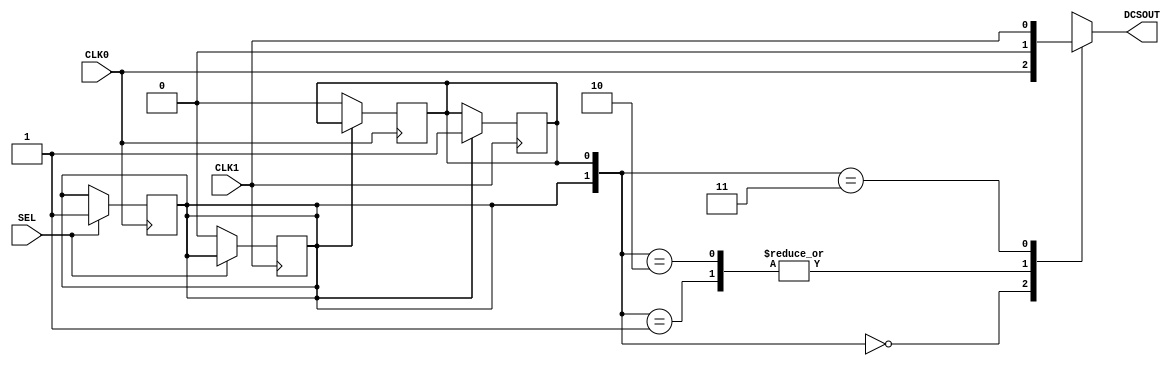
// --------------------------------------------------------------------
// >>>>>>>>>>>>>>>>>>>>>>>>> COPYRIGHT NOTICE <<<<<<<<<<<<<<<<<<<<<<<<<
// --------------------------------------------------------------------
// Copyright (c) 2005 by Lattice Semiconductor Corporation
// --------------------------------------------------------------------
//
//
//                     Lattice Semiconductor Corporation
//                     5555 NE Moore Court
//                     Hillsboro, OR 97214
//                     U.S.A.
//
//                     TEL: 1-800-Lattice  (USA and Canada)
//                          1-408-826-6000 (other locations)
//
//                     web: http://www.latticesemi.com/
//
// --------------------------------------------------------------------
//
// Simulation Library File for SC
//
// $Header: /home/dmsys/pvcs/RCSMigTest/rcs/verilog/pkg/versclibs/data/orca5/RCS/DCS.v,v 1.4 2005/05/19 19:06:22 pradeep Exp $ 
//
`resetall
`timescale 1 ns / 1 ps

`celldefine

module DCS (CLK0, CLK1, SEL, DCSOUT);
  input  CLK0, CLK1, SEL;
  output DCSOUT;
  parameter DCSMODE = "NEG";
  reg    Zb, Z_int1, Z_int2, dcs_int;
  wire D0b, D1b, SDb;
  reg SDb_int1, SDb_int2, SDb_int3, SDb_int4;
  reg SDb_int5, SDb_int6, SDb_int7, SDb_int8;

   buf  (D0b, CLK0);
   buf  (D1b, CLK1);
   buf  (SDb, SEL);
   buf  (DCSOUT, Zb);

  initial 
  begin
     Zb = 1'b0;
     Z_int1 = 1'b0;
     Z_int2 = 1'b0;
     SDb_int1 = 1'b0;
     SDb_int2 = 1'b0;
     SDb_int3 = 1'b0;
     SDb_int4 = 1'b0;
     SDb_int5 = 1'b0;
     SDb_int6 = 1'b0;
     SDb_int7 = 1'b0;
     SDb_int8 = 1'b0;
  end

  always@ (negedge D0b)
  begin
     if (SDb == 1'b1)
        SDb_int1 <= SDb;
  end    

  always@ (negedge D1b)
  begin
     if (SDb == 1'b0)
        SDb_int1 <= SDb;
  end

  always@ (negedge D1b)
  begin
     if (SDb_int1 == 1'b1)
        SDb_int2 <= SDb_int1;    
  end

  always@ (negedge D0b)
  begin
     if (SDb_int1 == 1'b0)
        SDb_int2 <= SDb_int1;    
  end

  always@ (SDb_int1 or SDb_int2 or D0b or D1b)
  begin
     case ({SDb_int1, SDb_int2})
        2'b00 : Z_int1 = D0b;
        2'b01 : Z_int1 = 1'b0;
        2'b10 : Z_int1 = 1'b0;
        2'b11 : Z_int1 = D1b;
     endcase
  end
        
  always@ (posedge D0b)
  begin
     if (SDb == 1'b1)
        SDb_int3 <= SDb;
  end

  always@ (posedge D1b)
  begin
     if (SDb == 1'b0)
        SDb_int3 <= SDb;
  end

  always@ (posedge D1b)
  begin
     if (SDb_int3 == 1'b1)
        SDb_int4 <= SDb_int3;
  end

  always@ (posedge D0b)
  begin
     if (SDb_int3 == 1'b0)
        SDb_int4 <= SDb_int3;
  end

  always@ (SDb_int3 or SDb_int4 or D0b or D1b)
  begin
     case ({SDb_int3, SDb_int4})
        2'b00 : Z_int2 = D0b;
        2'b01 : Z_int2 = 1'b1;
        2'b10 : Z_int2 = 1'b1;
        2'b11 : Z_int2 = D1b;
     endcase
  end

  always@ (negedge D1b)
  begin
     SDb_int5 <= SDb;
  end

  always@ (negedge D0b)
  begin
     SDb_int6 <= SDb;
  end

  always@ (posedge D1b)
  begin
     SDb_int7 <= SDb;
  end

  always@ (posedge D0b)
  begin
     SDb_int8 <= SDb;
  end
 

  always@ (D0b or D1b or SDb_int5 or SDb_int6 or SDb_int7 or SDb_int8)
  begin
     if (DCSMODE == "HIGH_LOW")
     begin
        case (SDb_int5)
           1'b0 : dcs_int = 1'b0;
           1'b1 : dcs_int = D1b;
        endcase
     end
     else if (DCSMODE == "HIGH_HIGH")
     begin
        case (SDb_int7)
           1'b0 : dcs_int = 1'b1;
           1'b1 : dcs_int = D1b;
        endcase
     end
     else if (DCSMODE == "LOW_LOW")
     begin
        case (SDb_int6)
           1'b0 : dcs_int = D0b;
           1'b1 : dcs_int = 1'b0;
        endcase
     end
     else if (DCSMODE == "LOW_HIGH")
     begin
        case (SDb_int8)
           1'b0 : dcs_int = D0b;
           1'b1 : dcs_int = 1'b1;
        endcase
     end
     else if (DCSMODE == "CLK0")
     begin
        case (SDb)
           1'b0 : dcs_int = D0b;
           1'b1 : dcs_int = D0b;
        endcase
     end
     else if (DCSMODE == "CLK1")
     begin
        case (SDb)
           1'b0 : dcs_int = D1b;
           1'b1 : dcs_int = D1b;
        endcase
     end
  end

  always@ (Z_int1 or Z_int2 or dcs_int)
  begin
     if (DCSMODE == "NEG")
        Zb = Z_int1;
     else if (DCSMODE == "POS")
        Zb = Z_int2;
     else
        Zb = dcs_int;
  end 

endmodule

`endcelldefine